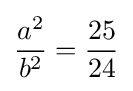
{\frac {a^{2}}{b^{2}}}={\frac {25}{24}}